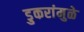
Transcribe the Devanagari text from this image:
डुकरांमुळे